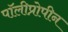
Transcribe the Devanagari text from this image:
पॉलीप्रोपीन